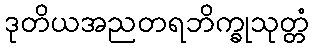
ဒုတိယအညတရဘိက္ခုသုတ္တံ